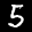
Label: 5